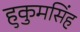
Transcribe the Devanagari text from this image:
हुकुमसिंह